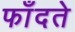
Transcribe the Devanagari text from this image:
फाँदते